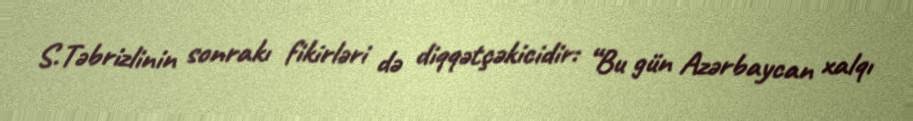
S.Təbrizlinin sonrakı fikirləri də diqqətçəkicidir: “Bu gün Azərbaycan xalqı